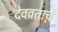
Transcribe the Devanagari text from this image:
देवव्रताचे